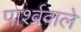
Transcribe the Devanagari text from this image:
पार्श्ववाले